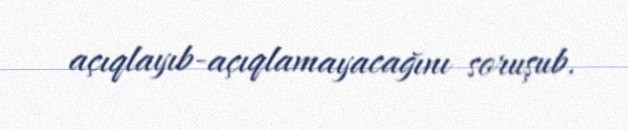
açıqlayıb-açıqlamayacağını soruşub.